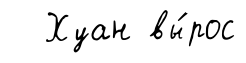
Хуан вы́рос